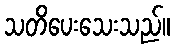
သတိပေးသေးသည်။